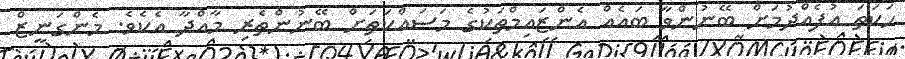
ހަކަތަ އުފެއްދުމަށް ބޭނުންވާ ބައެއް އެންޒައިމްތަކުގެ މަސައްކަތަށް ބޭނުންތެރި މާއްދާ އެކެވެ. މެންގަނީޒް